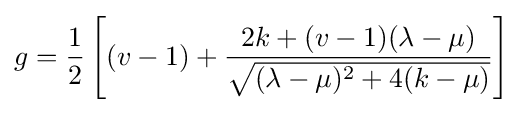
g={\frac {1}{2}}\left[(v-1)+{\frac {2k+(v-1)(\lambda -\mu )}{\sqrt {(\lambda -\mu )^{2}+4(k-\mu )}}}\right]